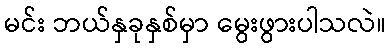
မင်း ဘယ်နှခုနှစ်မှာ မွေးဖွားပါသလဲ။